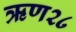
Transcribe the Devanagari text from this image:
ऋण२८